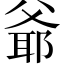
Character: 爺